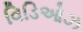
વિડિઓઝ